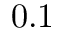
0 . 1